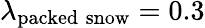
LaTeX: \lambda_{\mathrm{packed\; snow}}=0.3